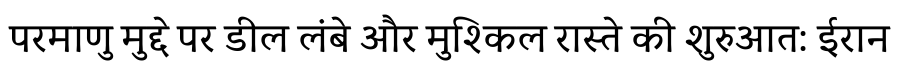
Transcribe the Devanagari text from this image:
परमाणु मुद्दे पर डील लंबे और मुश्किल रास्ते की शुरुआत: ईरान